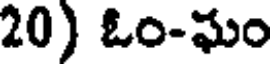
20) ఓం-ఘం